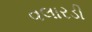
વલારડી